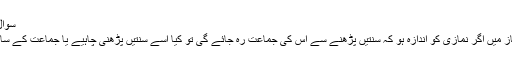
سوال # 169828
(۱) فجر کی نماز میں اگر نمازی کو اندازہ ہو کہ سنتیں پڑھنے سے اس کی جماعت رہ جائے گی تو کیا اسے سنتیں پڑھنی چاہیے یا جماعت کے ساتھ ملنا چاہیے ؟